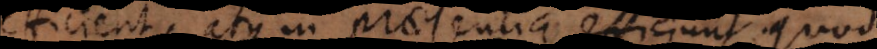
ficient, atque in praesentia efficiunt, qu